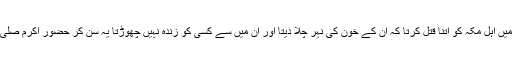
حضرت زبیر رضی اللہ عنہ جن کی عمر اس وقت بارہ سال تھی کہنے لگے اگر ایسا ہوتا تو میں اہل مکہ کو اتنا قتل کرتا کہ ان کے خون کی نہر چلا دیتا اور ان میں سے کسی کو زندہ نہیں چھوڑتا یہ سن کر حضور اکرم صلی اللہ علیہ وسلم ہنس پڑے اور آپ صلی اللہ علیہ وسلم نے اپنی چادر حضرت زبیر کو پہنا دی ۔